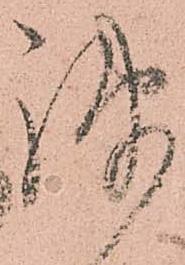
疎